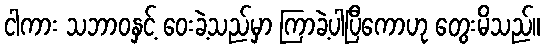
ငါကား သဘာဝနှင့် ဝေးခဲ့သည်မှာ ကြာခဲ့ပါပြီကောဟု တွေးမိသည်။